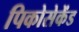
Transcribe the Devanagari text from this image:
पिकोसेकेंड